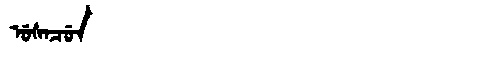
Manchu: ᡠᠰᠠᠴᡠᠨ
Romanization: USACUN